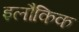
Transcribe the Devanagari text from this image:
इलौकिक